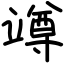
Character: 竴